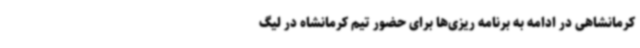
کرمانشاهی در ادامه به برنامه ریزی‌ها برای حضور تیم کرمانشاه در لیگ